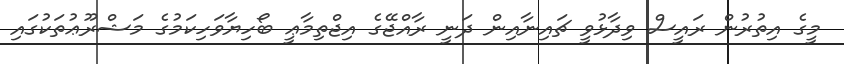
މީގެ އިތުރުން ރައީސް ވިދާޅުވީ ޗައިނާއިން ދަނީ ރާއްޖޭގެ އިޖްތިމާޢީ ބޯހިޔާވަހިކަމުގެ މަޝްރޫޢުތަކުގައި